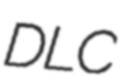
DLC